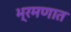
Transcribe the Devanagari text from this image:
भ्रमणात